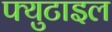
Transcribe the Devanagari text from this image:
फ्युटाइल